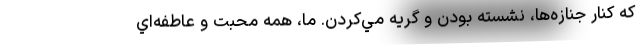
كه كنار جنازه‌ها، نشسته بودن و گريه مي‌كردن. ما، همه محبت و عاطفه‌اي